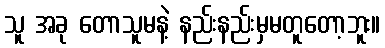
သူ အခု တောသူမနဲ့ နည်းနည်းမှမတူတော့ဘူး။